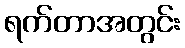
ရက်တာအတွင်း